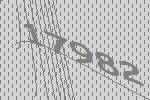
17982